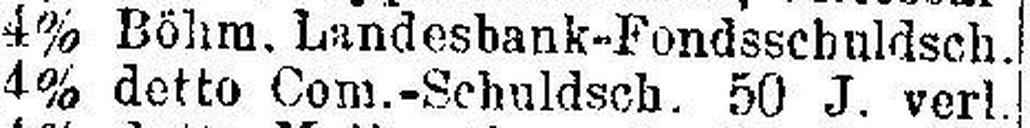
4% Böhm. Landesbank-Fondsschuldsch.